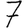
Digit: 7